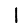
Digit: 1